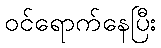
ဝင်ရောက်နေပြီး